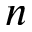
n